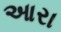
આરા